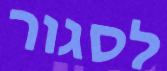
לסגור